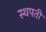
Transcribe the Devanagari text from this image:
स्थपती